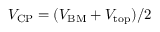
V _ { \mathrm { C P } } = ( V _ { \mathrm { B M } } + V _ { \mathrm { t o p } } ) / 2